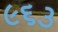
૯૬૩